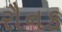
રૌનક